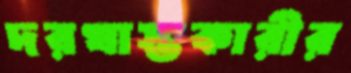
দরখাস্তকারীর